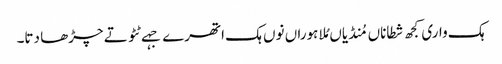
ہک واری کجھ شطاناں مُنڈیاں مُلا ہوراں نوں ہک اتھرے جہے ٹٹو تے چڑھا دتا۔